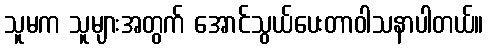
သူမက သူများအတွက် အောင်သွယ်ပေးတာဝါသနာပါတယ်။